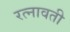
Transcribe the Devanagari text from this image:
रत्नावती